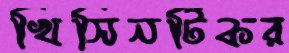
খিসিনটিকর